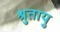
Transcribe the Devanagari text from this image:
श्रुतायु